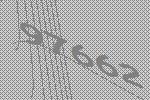
97662